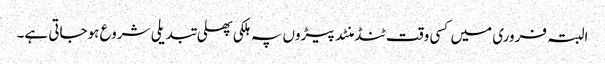
البتہ فروری میں کسی وقت ٹنڈ منٹد پیڑوں پہ ہلکی پھلی تبدیلی شروع ہوجاتی ہے۔